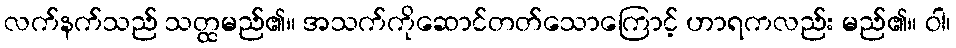
လက်နက်သည် သတ္ထမည်၏။ အသက်ကိုဆောင်တတ်သောကြောင့် ဟာရကလည်း မည်၏။ ဝါ၊